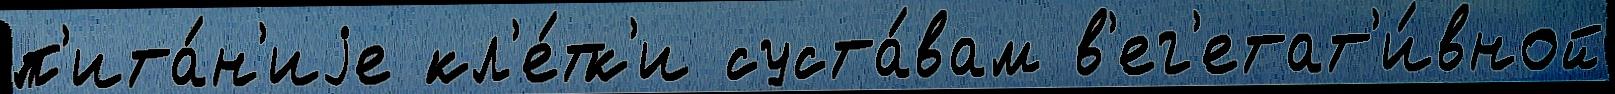
п'ита́н'иjе кл'е́тк'и суста́вам в'ег'етат'и́вной